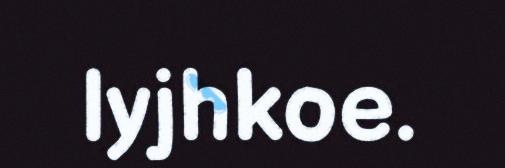
lyjhkoe.